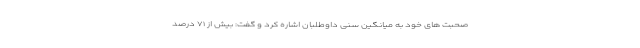
صحبت های خود به میانگین سنی داوطلبان اشاره کرد و گفت: بیش از ۷۱ درصد